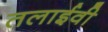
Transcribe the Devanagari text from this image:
तलाईवी